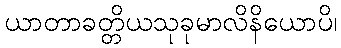
ယာတာခတ္တိယသုခုမာလိနိယောပိ၊